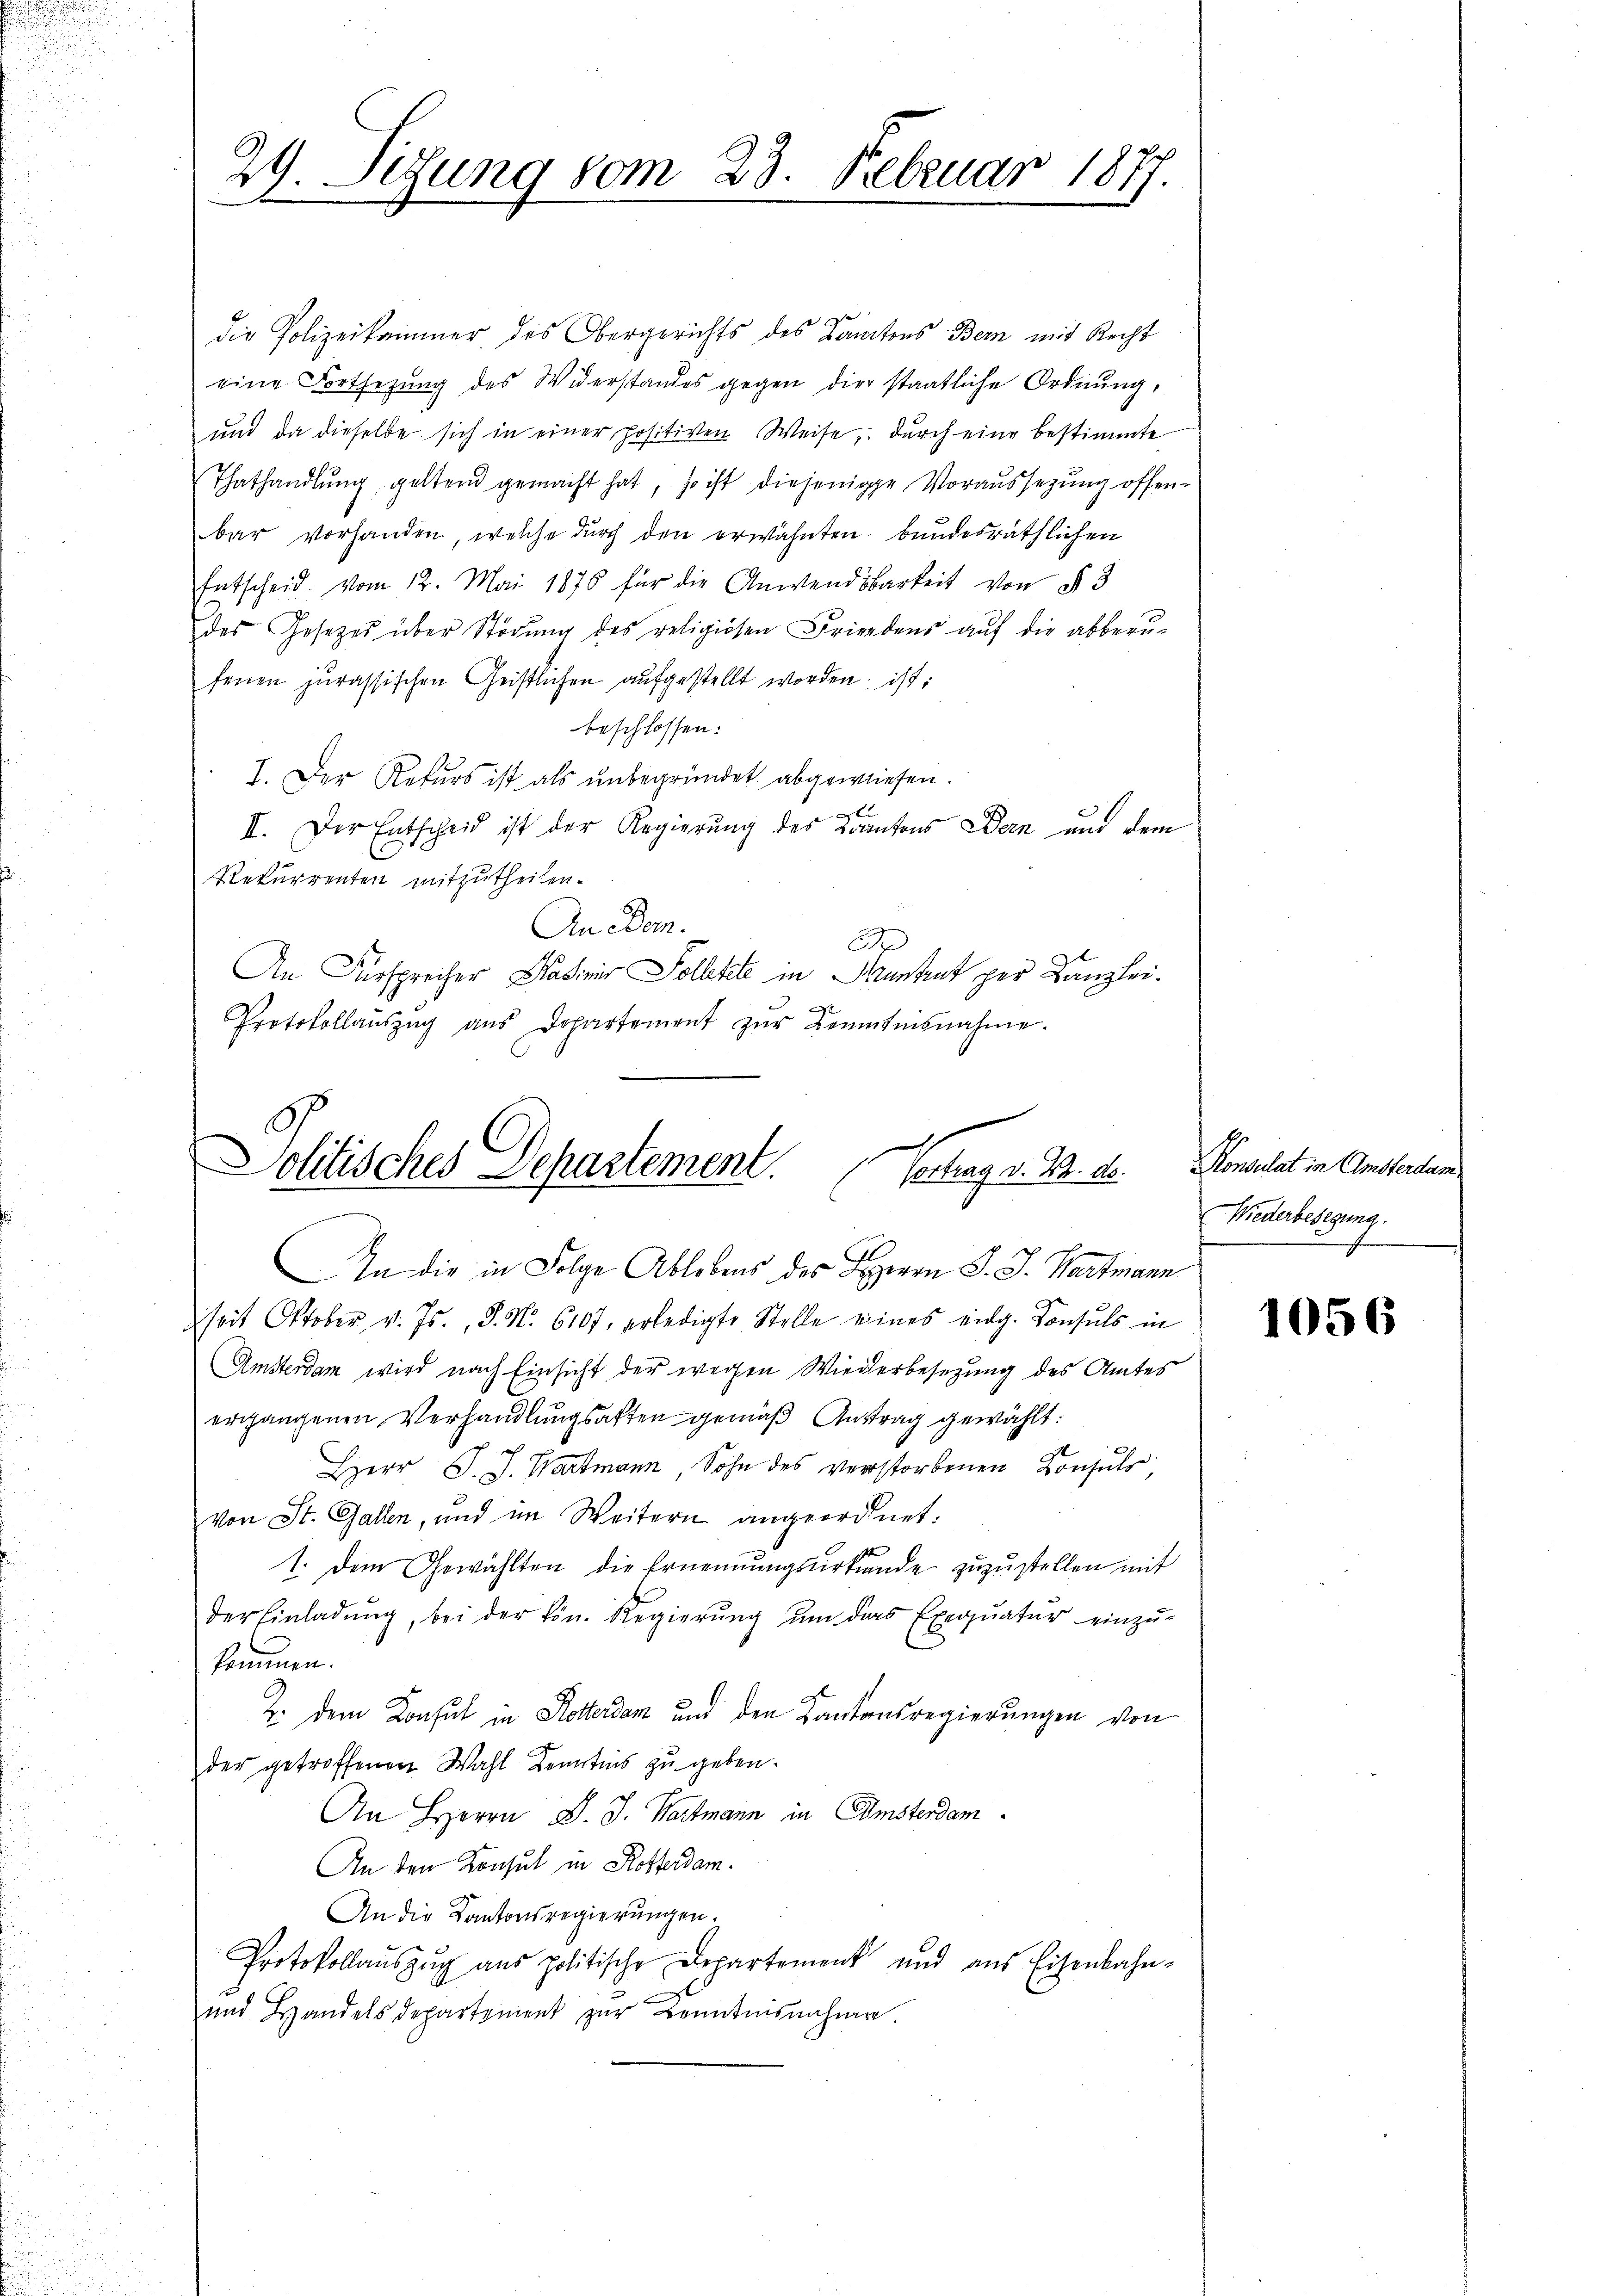
.

29. Sedung vom 23. Februar 1877.

die Polizeikammer des Obergerichts des Kantons Bern mit Recht
eine Fortsetzung des Widerstandes gegen die staatliche Ordnung,
und da dieselbe sich in einer positiven Weise, durch eine bestimmte
Thathandlŭng geltend gemacht hat, so ist diejenige Voraussetzung offenbar vorhanden, welche durch den erwähnten bundesräthlichen
Entscheid vom 12. Mai 1876 für die Anwendbarkeit von § 3
des Gesetzes über Störung des religiösen Friedens auf die abberu-
fenen jurassischen Geistlichen aufgestellt worden, ist:
beschlossen:
I. Der Rekurs ist als unbegründet abgewiesen.
E
II. Der Entscheid ist der Regierŭng des Kantons Bern und dem
Rekurrenten mitzutheilen.
Anedem.
6
An Fürsprecher Kasimir Solltete in Mantent per Kanzlei.
Protokollaŭszŭg aŭs Departement zŭr Kenntnisnahme.

d
Politisches Departement.
Vortrag v. 22. ds.
In die in Folge Ablebens des Herrn J. J. Wartmann

seit Oktober v. Js., S. N. 6107, erledigte Stelle eines eidg. Konsuls in
Amsterdam wird nach Einsicht der wegen Wiederbesezung des Amtes
ergangenen Verhandlungsakten gemäß Austrag gewählt:
Herr J. J. Hartmann, Sohn des verstorbenen Konsuls,
von St. Gallen, und im Weitern angeordnet.
1. Dem Gewählten die Ernennungsurkunde zuzustellen mit
der Einladŭng, bei der kön. Regierŭng ŭm das Exequatur einzŭ-
kommen.
Z. dem Konsul in Rotterdam und den Kantonsregierungen von
der getroffenen Wahl Kenntnis zu geben.
An Herrn J. J. Wartmann in Amsterdam
An den Konsul in Rotterdam.
An die Kantonsregierungen.
Protokollaŭszŭg aŭs politische Departement und aus Eisenbahn-
und Handelsdepartement zur Benutisnahme.

Konsulat in Amsterdam
Wiederbesegung.

1056